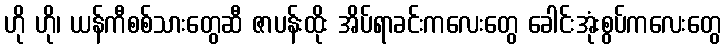
ဟို ဟို၊ ယန်ကီစစ်သားတွေဆီ ဇာပန်းထိုး အိပ်ရာခင်းကလေးတွေ ခေါင်းအုံးစွပ်ကလေးတွေ